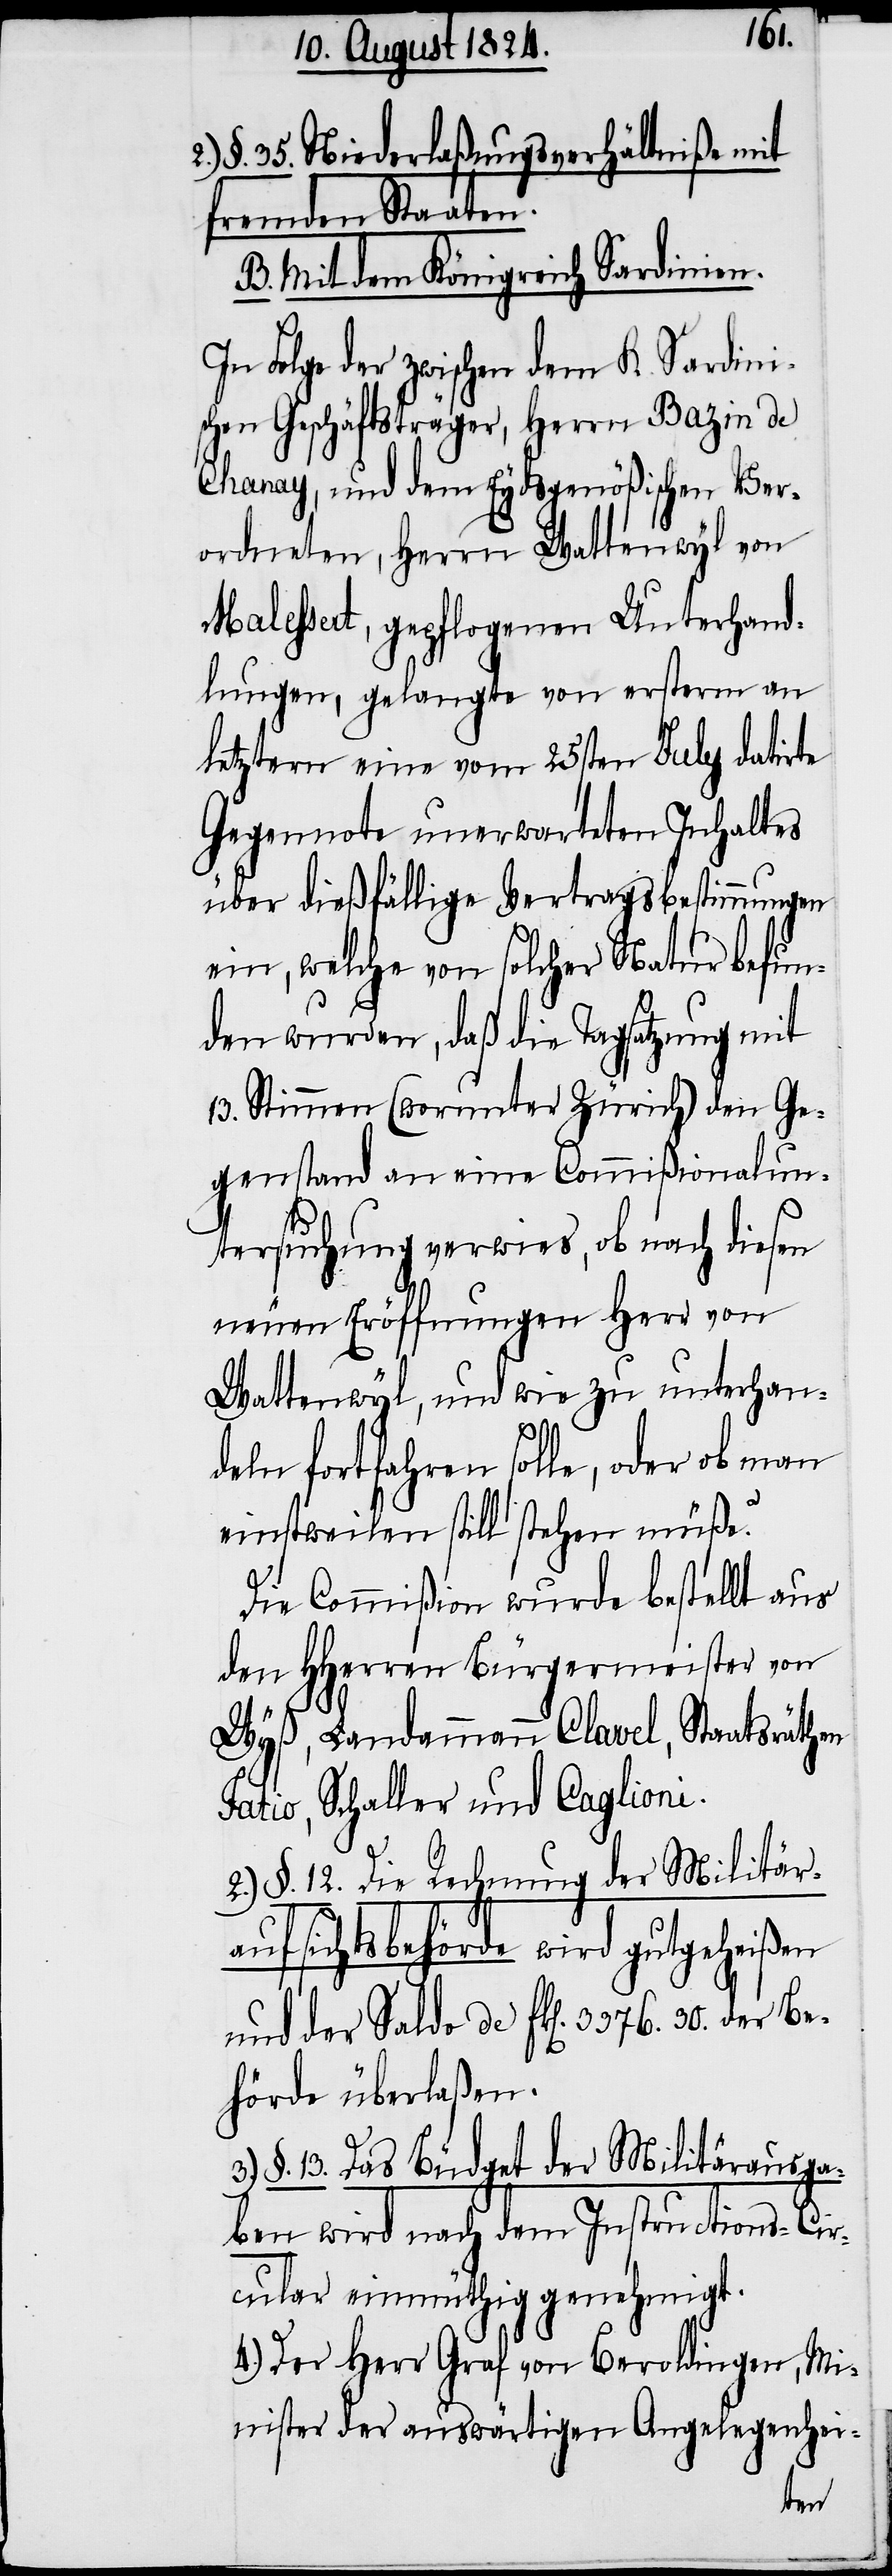
§. 35. Niederlaßungsverhältniße mit
fremden Staaten.
B. Mit dem Königreich Sardinien.
In Folge der zwischen dem K. Sardini¬
schen Geschäftsträger, Herrn Bazin de
Chanay, und dem Eydsgenößischen Ver¬
ordneten, Herrn Wattenwyl von
Malessert, gepflogenen Unterhand¬
lungen, gelangte von ersterm an
letztern eine vom 25sten July datirte
Gegennote unerwarteten Inhaltes
über dießfällige Vertragsbestimmungen
ein, welche von solcher Natur befun¬
den wurden, daß die Tagsatzung mit
13. Stimmen (worunter Zürich) den Ge¬
genstand an eine Commißionalun¬
tersuchung verwies, ob nach diesen
neuen Eröffnungen Herr von
Wattenwyl, und wie zu unterhan¬
deln fortfahren solle, oder ob man
einstweilen still stehen müße?
Die Commißion wurde bestellt aus
den HHerren Bürgermeister von
Wyß, Landammann Clavel, Staatsräthen
Fatio, Schaller und Caglioni.
2.) §. 12. Die Rechnung der Militär¬
aufsichtsbehörde wird gutgeheißen,
hörde überlaßen.
§. 13. Das Büdget der Militärausga¬
ben wird nach dem Instructions-Cir¬
cular einmüthig genehmigt.
4.) Der Herr Graf von Beroldingen, Mi¬
nister der auswärtigen Angelegenhei-
Be¬